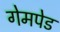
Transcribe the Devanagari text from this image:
गेमपेड